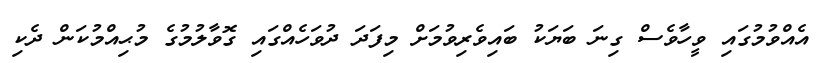
އެއްވުމުގައި ވީހާވެސް ގިނަ ބަޔަކު ބައިވެރިވުމަށް މިފަދަ ދުވަހެއްގައި ގޮވާލުމުގެ މުޙިއްމުކަން ދެކި